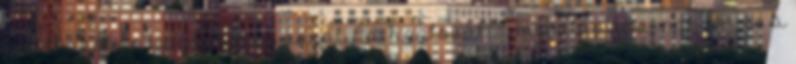
találkozóban is. Jövő tavasszal, Csehszlovákia megalapításának 100., és a